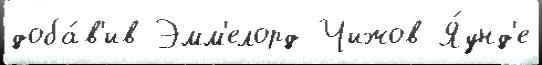
доба́в'ив Эмм'елорд Чижов Я́унд'е